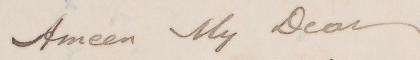
Ameen My Dear